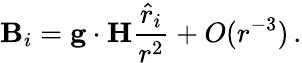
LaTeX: \mathbf{B}_{i}={\mathbf{g}}\cdot{\mathbf{H}}{\frac{{{\hat{{r}}}_{i}}}{{r^{2}}}}+O(r^{-3})\, .